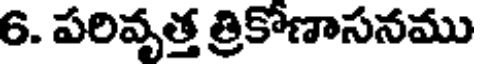
6. పరివృత్త త్రికోణాసనము